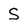
Character: S